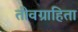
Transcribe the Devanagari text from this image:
तीवग्राहिता